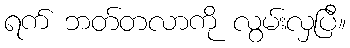
ရက် ဘတ်တလာကို လွမ်းလှပြီ။